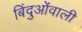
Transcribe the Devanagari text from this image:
बिंदुओंवाली